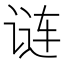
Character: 𬣽